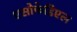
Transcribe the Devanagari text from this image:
एसोफेडिएल